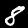
Digit: 8